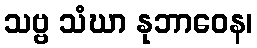
သဗ္ဗ သံဃာ နုဘာဝေန၊